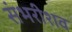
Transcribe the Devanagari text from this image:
संभरीशव